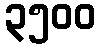
၃၅၀၀